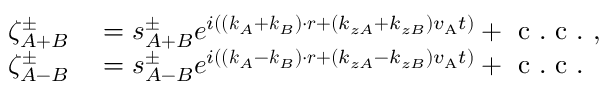
\begin{array} { r l } { \zeta _ { A + B } ^ { \pm } } & { { } = s _ { A + B } ^ { \pm } e ^ { i ( ( \boldsymbol { k } _ { A } + \boldsymbol { k } _ { B } ) \cdot \boldsymbol { r } + ( k _ { z A } + k _ { z B } ) v _ { \mathrm { A } } t ) } + \mathrm { ~ c ~ . ~ c ~ . ~ } , } \\ { \zeta _ { A - B } ^ { \pm } } & { { } = s _ { A - B } ^ { \pm } e ^ { i ( ( \boldsymbol { k } _ { A } - \boldsymbol { k } _ { B } ) \cdot \boldsymbol { r } + ( k _ { z A } - k _ { z B } ) v _ { \mathrm { A } } t ) } + \mathrm { ~ c ~ . ~ c ~ . ~ } } \end{array}